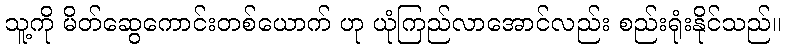
သူ့ကို မိတ်ဆွေကောင်းတစ်ယောက် ဟု ယုံကြည်လာအောင်လည်း စည်းရုံးနိုင်သည်။